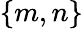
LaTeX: \{ m,n\}